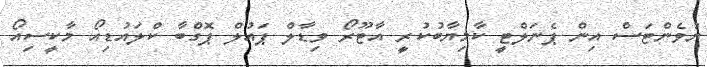
ޔުވެންޓަސް އިން ޕެނަލްޓީ ކާމިޔާބުކުރީ އާޓޫރޯ ވިޑާލް ޕައުލް ޕޮގްބާ ކްލައުޑިއޯ މާކީސިއޯ